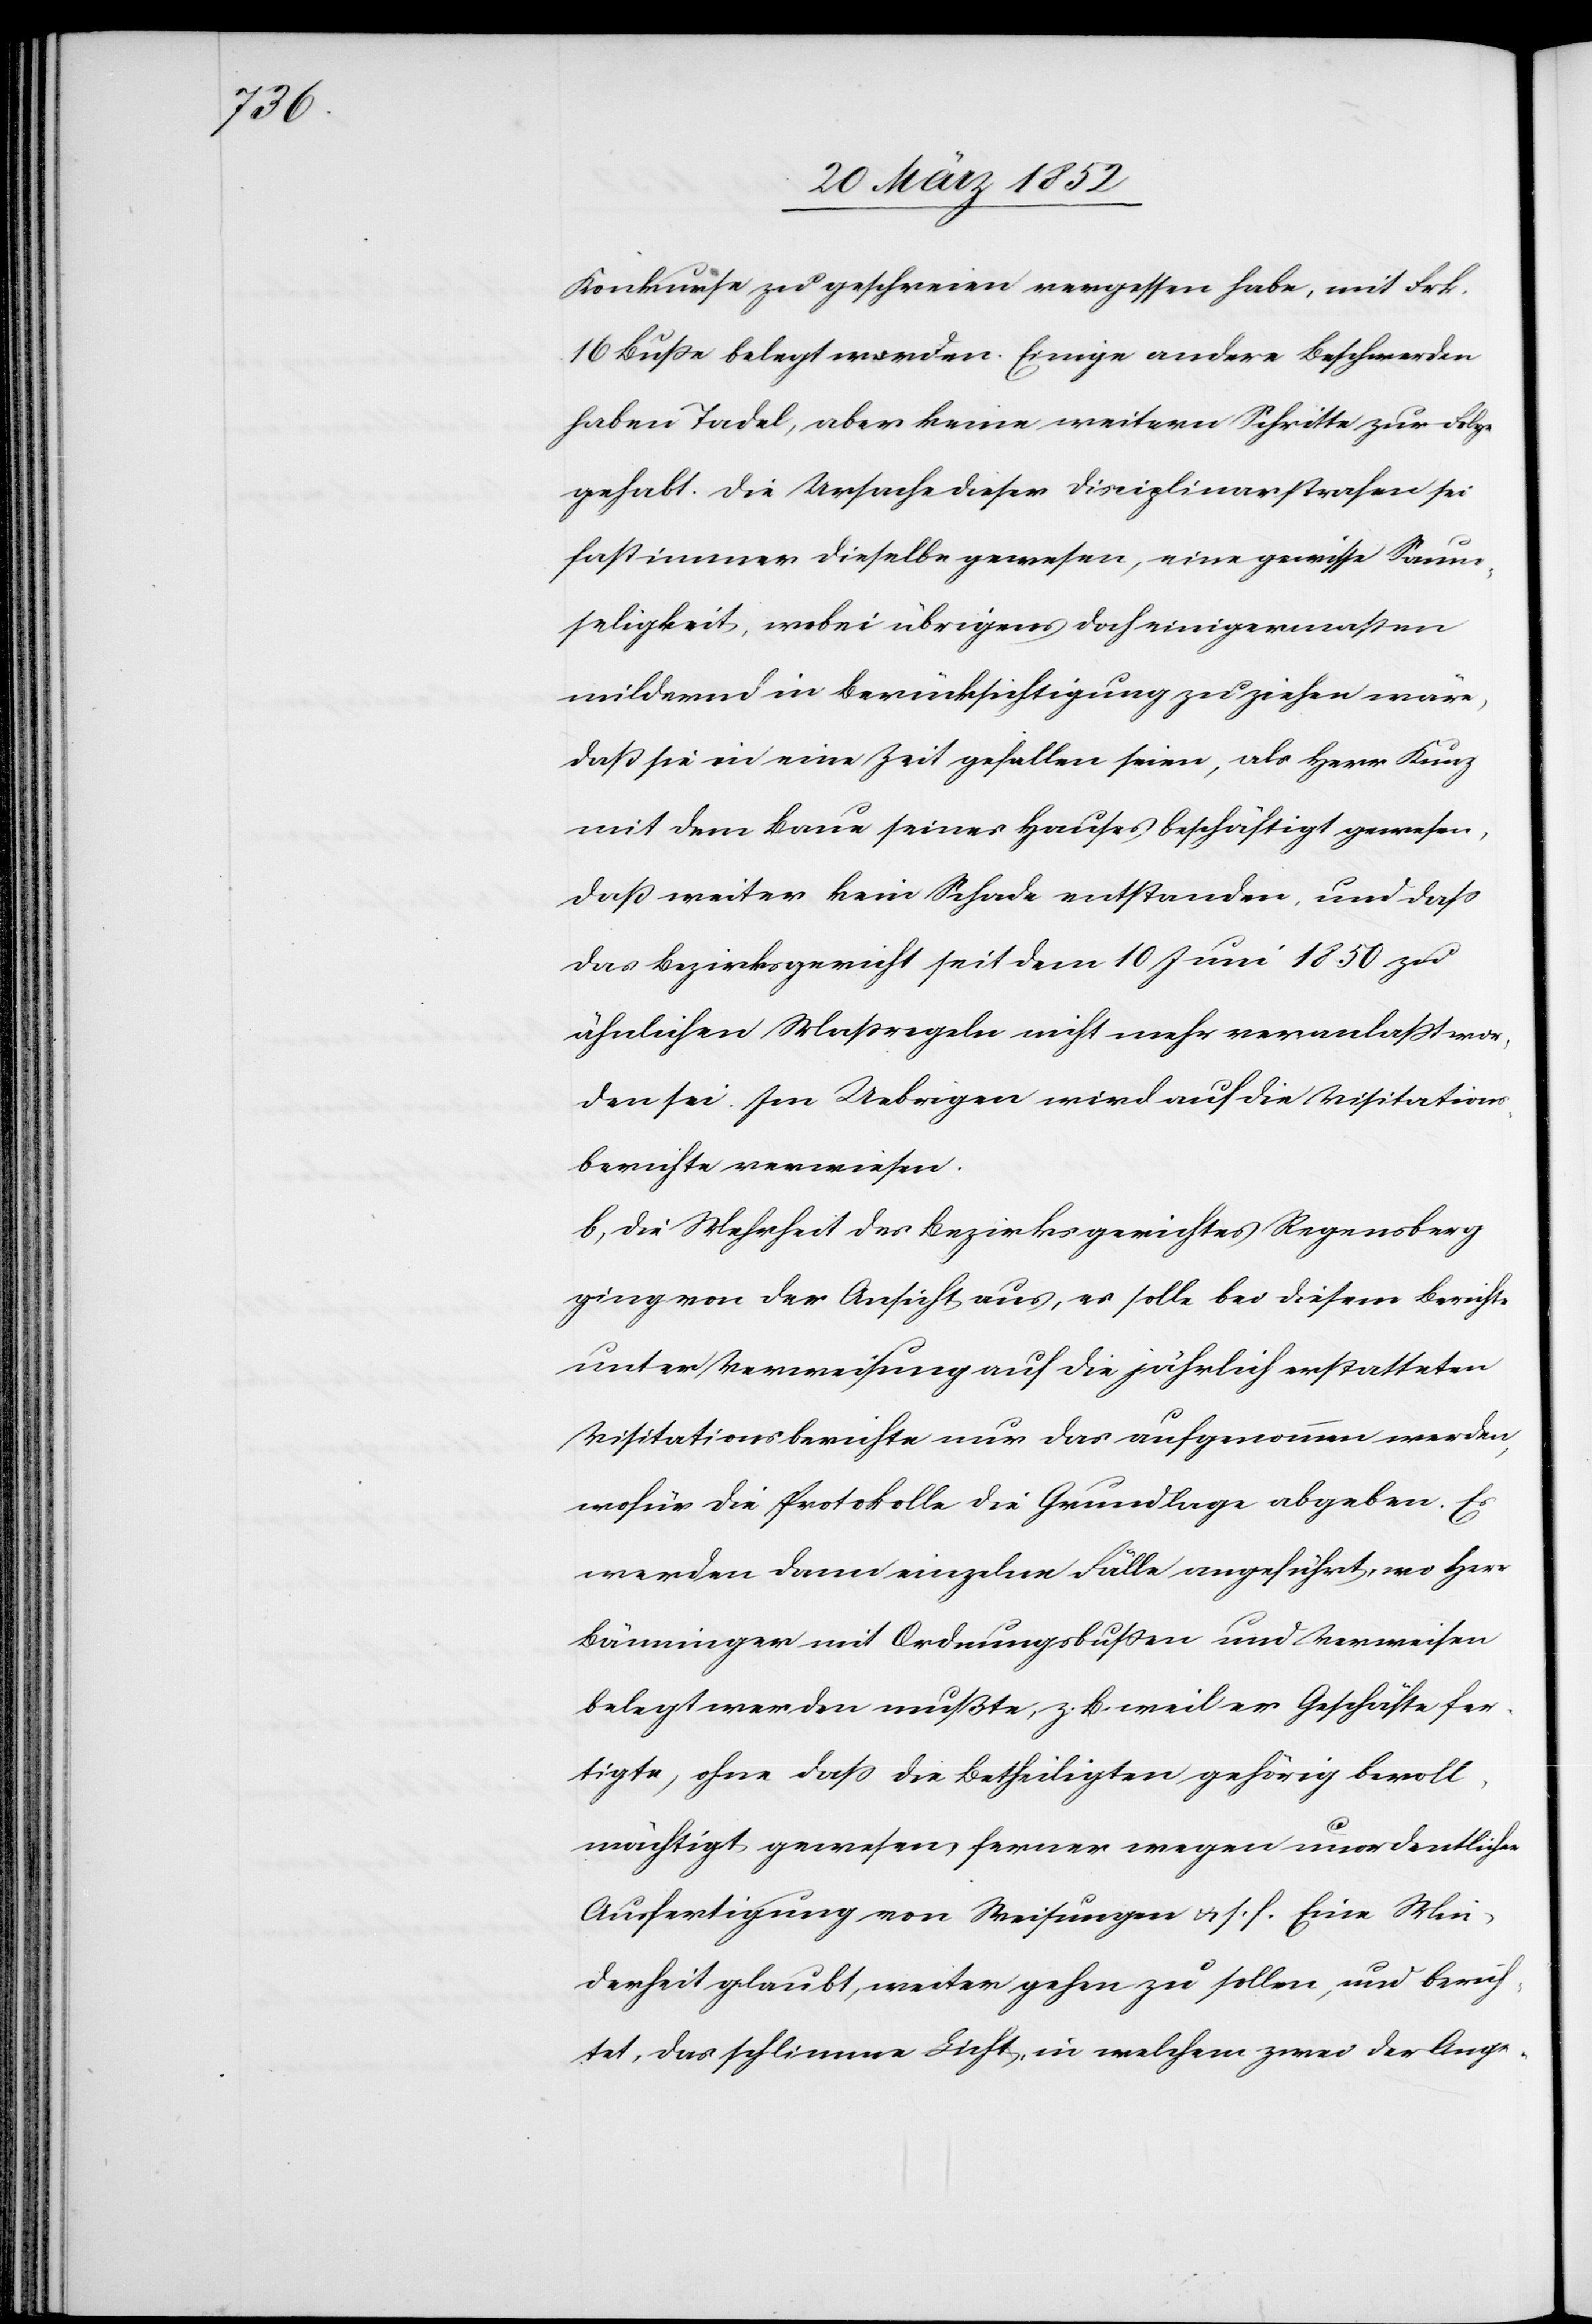
Konkurse zu geschreien vergessen habe, mit Frk.
16 Buße belegt worden. Einige andere Beschwerden
haben Tadel, aber keine weitern Schritt zur Folge
gehabt. Die Ursache dieser Disciplinarstrafen sei
fast immer dieselbe gewesen, eine gewisse Saum¬
seligkeit, wobei übrigens doch einigermaßen
mildern in Berücksichtigung zu ziehen wäre,
daß sie in eine Zeit gefallen seien, als Herr Kunz
mit dem Baue seines Hauses beschäftigt gewesen,
daß weiter kein Schade entstanden und daß
das Bezirksgericht seit dem 10 Juni 1850 zu
ähnlichen Maßregeln nicht mehr veranlaßt wor¬
den sei. Im Uebrigen wird auf die Visitations¬
berichte verwiesen.
b) Die Mehrheit des Bezirksgerichtes Regensberg
ging von der Ansicht aus, es solle bei diesem Berichte
unter Verweisung auf die jährlich erstatteten
Visitationsberichte nur das aufgenommen werden,
wofür die Protokolle die Grundlage abgeben. Es
werden dann einzelne Fälle angeführt, wo Herr
Bänninger mit Ordnungsbußen und Verweisen
belegt werden mußte, z. B. weil er Geschäfte fer¬
tigte, ohne daß die Betheiligten gehörig bevoll¬
mächtigt gewesen, ferner wegen unordentlicher
Ausfertigung von Weisungen u. s. f. Eine Min¬
derheit glaubt, weiter gehen zu sollen, und berich¬
tet, das schlimme Licht, in welchem zwei der Ange-